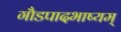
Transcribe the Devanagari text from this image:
गौडपादभाष्‍यम्